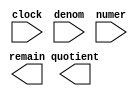
// megafunction wizard: %LPM_DIVIDE%VBB%
// GENERATION: STANDARD
// VERSION: WM1.0
// MODULE: LPM_DIVIDE 

// ============================================================
// Megafunction Name(s):
// 			LPM_DIVIDE
//
// Simulation Library Files(s):
// 			lpm
// ============================================================
// ************************************************************
// THIS IS A WIZARD-GENERATED FILE. DO NOT EDIT THIS FILE!
//
// 18.1.0 Build 625 09/12/2018 SJ Lite Edition
// ************************************************************

//Copyright (C) 2018  Intel Corporation. All rights reserved.
//Your use of Intel Corporation's design tools, logic functions 
//and other software and tools, and its AMPP partner logic 
//functions, and any output files from any of the foregoing 
//(including device programming or simulation files), and any 
//associated documentation or information are expressly subject 
//to the terms and conditions of the Intel Program License 
//Subscription Agreement, the Intel Quartus Prime License Agreement,
//the Intel FPGA IP License Agreement, or other applicable license
//agreement, including, without limitation, that your use is for
//the sole purpose of programming logic devices manufactured by
//Intel and sold by Intel or its authorized distributors.  Please
//refer to the applicable agreement for further details.

module multi_divider (
	clock,
	denom,
	numer,
	quotient,
	remain);

	input	  clock;
	input	[15:0]  denom;
	input	[15:0]  numer;
	output	[15:0]  quotient;
	output	[15:0]  remain;

endmodule

// ============================================================
// CNX file retrieval info
// ============================================================
// Retrieval info: PRIVATE: INTENDED_DEVICE_FAMILY STRING "MAX 10"
// Retrieval info: PRIVATE: PRIVATE_LPM_REMAINDERPOSITIVE STRING "TRUE"
// Retrieval info: PRIVATE: PRIVATE_MAXIMIZE_SPEED NUMERIC "-1"
// Retrieval info: PRIVATE: SYNTH_WRAPPER_GEN_POSTFIX STRING "0"
// Retrieval info: PRIVATE: USING_PIPELINE NUMERIC "1"
// Retrieval info: PRIVATE: VERSION_NUMBER NUMERIC "2"
// Retrieval info: PRIVATE: new_diagram STRING "1"
// Retrieval info: LIBRARY: lpm lpm.lpm_components.all
// Retrieval info: CONSTANT: LPM_DREPRESENTATION STRING "UNSIGNED"
// Retrieval info: CONSTANT: LPM_HINT STRING "LPM_REMAINDERPOSITIVE=TRUE"
// Retrieval info: CONSTANT: LPM_NREPRESENTATION STRING "UNSIGNED"
// Retrieval info: CONSTANT: LPM_PIPELINE NUMERIC "16"
// Retrieval info: CONSTANT: LPM_TYPE STRING "LPM_DIVIDE"
// Retrieval info: CONSTANT: LPM_WIDTHD NUMERIC "16"
// Retrieval info: CONSTANT: LPM_WIDTHN NUMERIC "16"
// Retrieval info: USED_PORT: clock 0 0 0 0 INPUT NODEFVAL "clock"
// Retrieval info: USED_PORT: denom 0 0 16 0 INPUT NODEFVAL "denom[15..0]"
// Retrieval info: USED_PORT: numer 0 0 16 0 INPUT NODEFVAL "numer[15..0]"
// Retrieval info: USED_PORT: quotient 0 0 16 0 OUTPUT NODEFVAL "quotient[15..0]"
// Retrieval info: USED_PORT: remain 0 0 16 0 OUTPUT NODEFVAL "remain[15..0]"
// Retrieval info: CONNECT: @clock 0 0 0 0 clock 0 0 0 0
// Retrieval info: CONNECT: @denom 0 0 16 0 denom 0 0 16 0
// Retrieval info: CONNECT: @numer 0 0 16 0 numer 0 0 16 0
// Retrieval info: CONNECT: quotient 0 0 16 0 @quotient 0 0 16 0
// Retrieval info: CONNECT: remain 0 0 16 0 @remain 0 0 16 0
// Retrieval info: GEN_FILE: TYPE_NORMAL multi_divider.v TRUE
// Retrieval info: GEN_FILE: TYPE_NORMAL multi_divider.inc FALSE
// Retrieval info: GEN_FILE: TYPE_NORMAL multi_divider.cmp FALSE
// Retrieval info: GEN_FILE: TYPE_NORMAL multi_divider.bsf FALSE
// Retrieval info: GEN_FILE: TYPE_NORMAL multi_divider_inst.v FALSE
// Retrieval info: GEN_FILE: TYPE_NORMAL multi_divider_bb.v TRUE
// Retrieval info: LIB_FILE: lpm